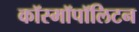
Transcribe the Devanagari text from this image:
कॉस्मॉपॉलिटन